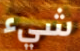
شيء